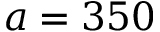
a = 3 5 0